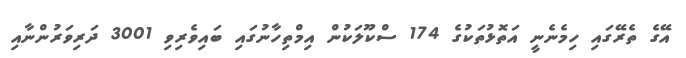
އޭގެ ތެރޭގައި ހިމެނެނީ އަތޮޅުތަކުގެ 174 ސްކޫލަކުން އިމްތިހާނުގައި ބައިވެރިވި 3001 ދަރިވަރުންނާއި